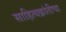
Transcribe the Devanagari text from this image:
साहित्यक्रांतीचा